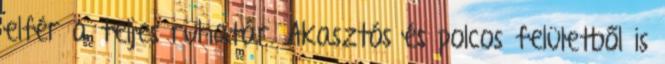
elfér a teljes ruhatár. Akasztós és polcos felületből is